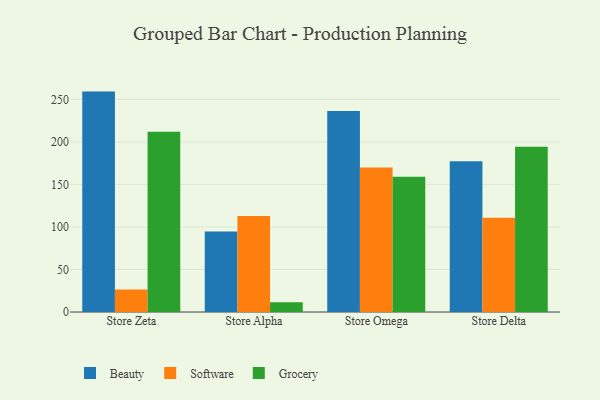
{"axis": {"x": "Store", "y": "Market Share (%)"}, "legend": ["Beauty", "Grocery", "Software"], "data": [{"x": "Store Zeta", "y": 259.2, "type": "Beauty"}, {"x": "Store Zeta", "y": 26.6, "type": "Software"}, {"x": "Store Zeta", "y": 211.9, "type": "Grocery"}, {"x": "Store Alpha", "y": 94.8, "type": "Beauty"}, {"x": "Store Alpha", "y": 112.9, "type": "Software"}, {"x": "Store Alpha", "y": 11.4, "type": "Grocery"}, {"x": "Store Omega", "y": 236.3, "type": "Beauty"}, {"x": "Store Omega", "y": 169.9, "type": "Software"}, {"x": "Store Omega", "y": 159.1, "type": "Grocery"}, {"x": "Store Delta", "y": 177.4, "type": "Beauty"}, {"x": "Store Delta", "y": 110.8, "type": "Software"}, {"x": "Store Delta", "y": 194.3, "type": "Grocery"}]}